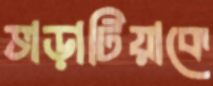
ভাড়াটিয়াকে